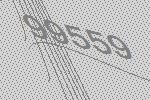
99559